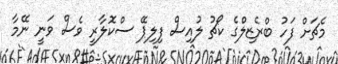
މެޗަށް ފަހު ބްރެޒިލްގެ ކޯޗު ލުއިސް ފިލިޕޭ ސްކޮލާރީ ވެސް ވަނީ ނޭމާ